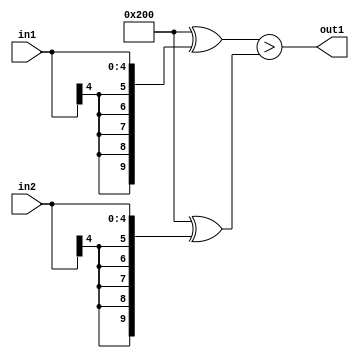
`timescale 1ps / 1ps
/*****************************************************************************
    Verilog RTL Description
    
    
    Created by: Stratus DpOpt 21.05.01 
*******************************************************************************/

module SobelFilter_LessThan_5Sx5S_1U_4 (
	in2,
	in1,
	out1
	); /* architecture "behavioural" */ 
input [4:0] in2,
	in1;
output  out1;
wire  asc001;

assign asc001 = ((10'B1000000000 ^ {{5{in1[4]}}, in1})>(10'B1000000000 ^ {{5{in2[4]}}, in2}));

assign out1 = asc001;
endmodule

/* CADENCE  ubXzSgo= : u9/ySxbfrwZIxEzHVQQV8Q== ** DO NOT EDIT THIS LINE ******/